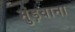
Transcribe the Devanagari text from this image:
मुंड़वाना